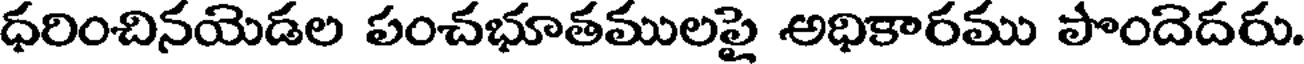
ధరించినయెడల పంచభూతములపై అధికారము పొందెదరు.